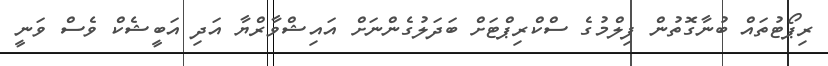
ރިޕޯޓުތައް ބުނާގޮތުން ފިލްމުގެ ސްކްރިޕްޓަށް ބަދަލުގެންނަށް އައިޝްވާރްޔާ އަދި އަބީޝެކް ވެސް ވަނީ